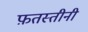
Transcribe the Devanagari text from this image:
फ़तस्तीनी